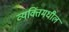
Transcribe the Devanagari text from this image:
व्यक्तिंमधील